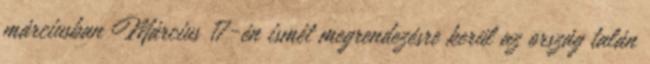
márciusban Március 17-én ismét megrendezésre kerül az ország talán